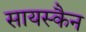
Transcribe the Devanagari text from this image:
सायस्कैन